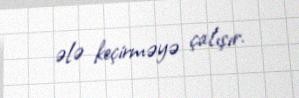
ələ keçirməyə çalışır.